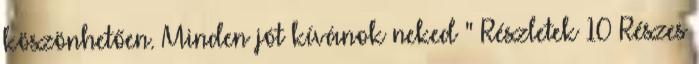
köszönhetően. Minden jót kívánok neked " Részletek 10 Részes